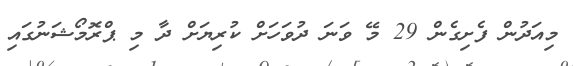
މިއަދުން ފެށިގެން 29 މޭ ވަނަ ދުވަހަށް ކުރިޔަށް ދާ މި ޕްރޮމޯޝަނުގައި